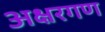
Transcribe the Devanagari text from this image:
अक्षरगण